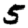
Digit: 5